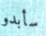
سأبدو